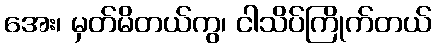
အေး၊ မှတ်မိတယ်ကွ၊ ငါသိပ်ကြိုက်တယ်